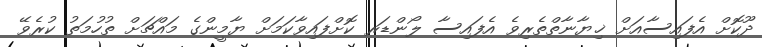
ދޫކޮށް އެފައިސާއަށް ޚިޔާނާތްތެރިވެ އެފައިސާ ލޯންޑަރ ކޮށްފައިވާކަމަށް ޔާމީންގެ މައްޗަށް ތުހުމަތު ކުރެވޭ